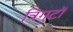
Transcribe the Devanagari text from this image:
त्रिगुटों